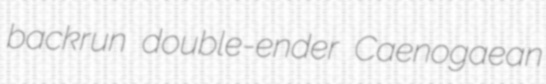
backrun double-ender Caenogaean